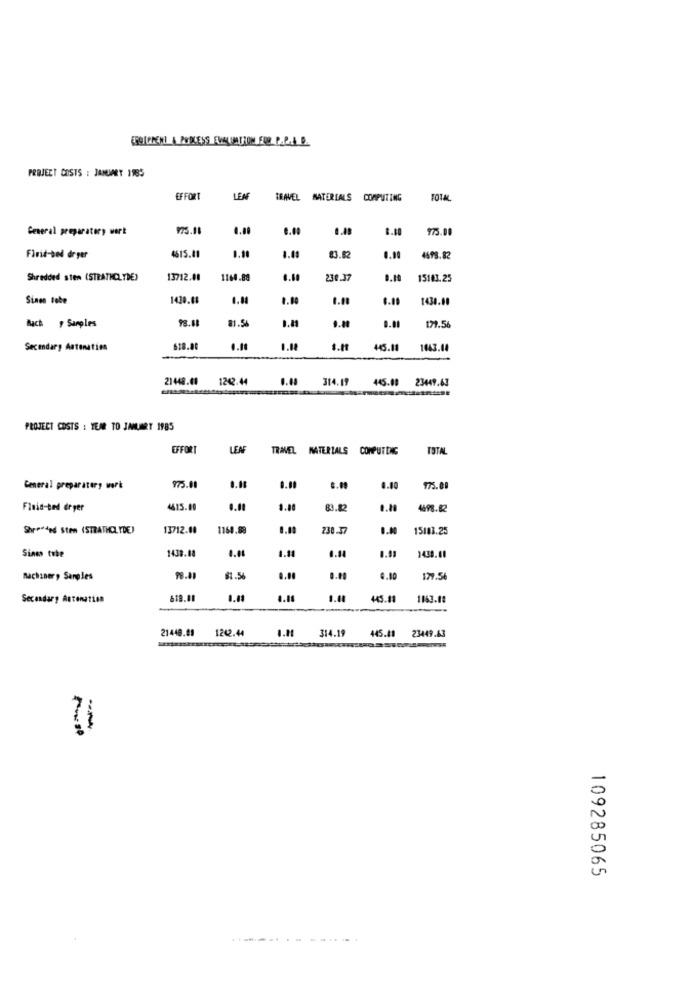
ERGICINENI & PODLESS EWALUMATROM FOR P.P.A.B.
PROJECT COSTS : JANUARY 1985
EFFORT
LEAF
TRAVEL MATERIALS COMPUTING
TOTAL
General preparatory wert
975.18
0.00
0.00
8.10
975.00
4615.41
Finit-bel dryer
0.00
4598.82
Shredded sten (STRATHCLYDE)
13712.40
1160.88
0.10
15183.25
Sinon tobe
1430.68
1434.80
93.81
81.56
0.00
Bach y Samples
179.56
Secondary Astonation
618.80
s.11
45.11
1643.04
21448.00
122.44
0.08
314.19
445.00 23449.63
PROJECT COSTS : YEAR TO JANUARY 1985
EFFORT
LEA
TRAVEL MATERIALS COMPUTING
TOTAL
General preparatory work
975.00
0.00
0.10
175.09
Fluid-ted dryer
4615.00
1.00
83.82
.. 10
Shredded Sten (STRATHCLYDE)
13712.00
1160.88
0.00
230.37
0.00
15183.25
1438.08
1.11
Sines tobe
1430.00
Machinery Samples
98.01
81.56
0.00
0.00
4.10
179.56
Secondary Antenation
618.00
445.11
1163.18
21448.09
122.44
314.19
445.48
23449.63
---
109285065